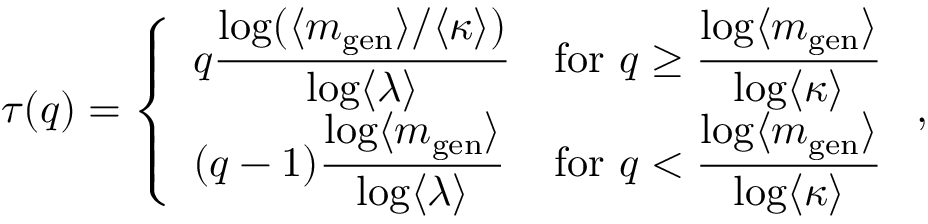
\tau ( q ) = \left\{ \begin{array} { l l } { q \displaystyle \frac { \log ( \langle m _ { \mathrm { g e n } } \rangle / \langle \kappa \rangle ) } { \log \langle \lambda \rangle } } & { \mathrm { f o r ~ } q \ge \displaystyle \frac { \log \langle m _ { \mathrm { g e n } } \rangle } { \log \langle \kappa \rangle } } \\ { ( q - 1 ) \displaystyle \frac { \log \langle m _ { \mathrm { g e n } } \rangle } { \log \langle \lambda \rangle } } & { \mathrm { f o r ~ } q < \displaystyle \frac { \log \langle m _ { \mathrm { g e n } } \rangle } { \log \langle \kappa \rangle } } \end{array} \right. ,